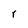
Character: r